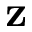
\mathbf { z }